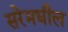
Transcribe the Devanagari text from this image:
सरेमधील